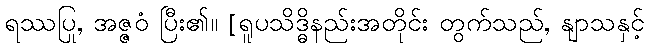
ရဿပြု, အဇ္ဇဝံ ပြီး၏။ [ရူပသိဒ္ဓိနည်းအတိုင်း တွက်သည်, နျာသနှင့်